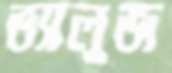
ভ্যালুজ